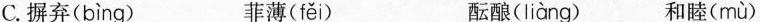
C.摒弃( bìng ) 菲薄( fěi ) 酝酿( liàng ) 和睦( mù )